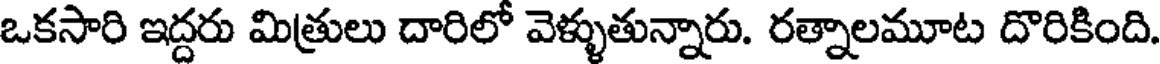
ఒకసారి ఇద్దరు మిత్రులు దారిలో వెళ్ళుతున్నారు. రత్నాలమూట దొరికింది.